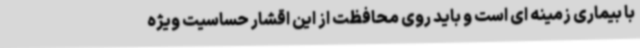
با بیماری زمینه ای است و باید روی محافظت از این اقشار حساسیت ویژه